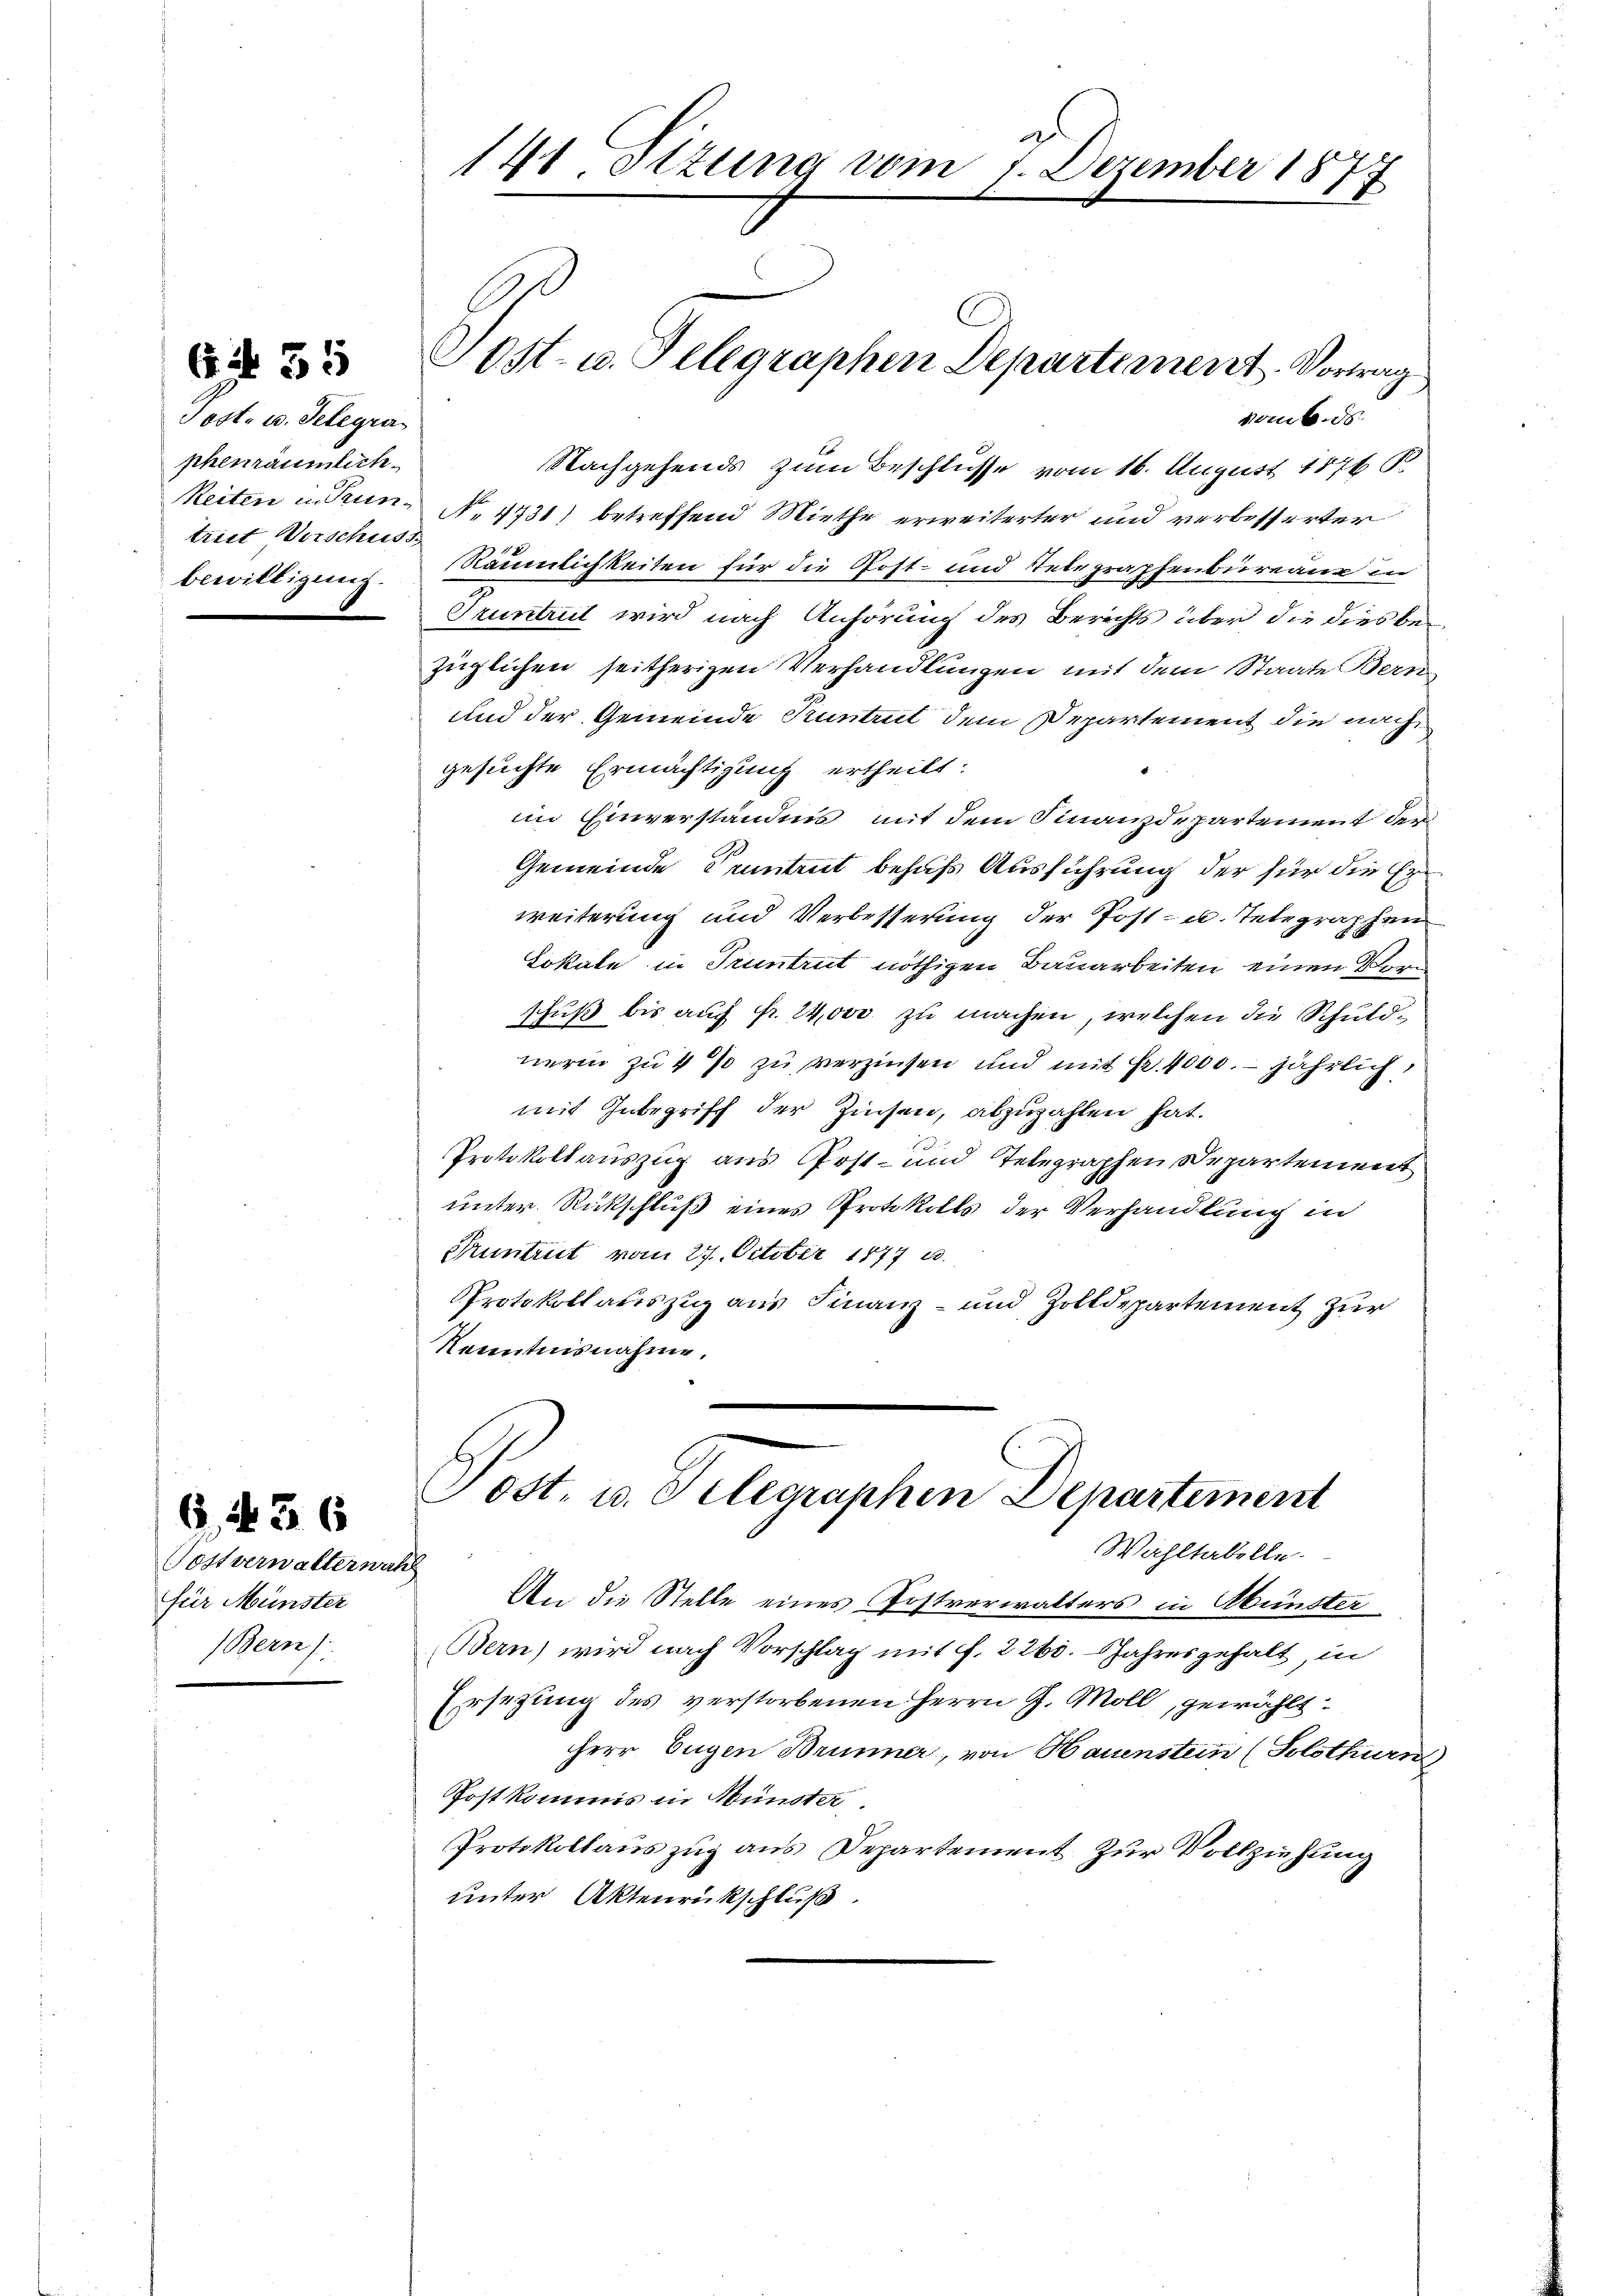
Post- u. Telegra
phenräumlich
triet Verschuss

Gif 55

G. 36

Postverwalterwahh
für Münster
Bern

kambods
Nachgehends zum Beschlüsse vom 16. August 1876 S.
Reiten in Trun- N. 4431) betreffend Miethe erweiterter und verbesserter
bewilligung. Bäumlichkeiten für die Post- und Telegraphenbüreau in
Pruntrut wird nach Anhörung des Berichts über die dies be
züglichen seitherigen Verhandlungen mit dem Staate Bern
und der Gemeinde Kuntreit dem Departement die nach
gesuchte Ermächtigung ertheilt.
im Einverständnis mit dem Finanzdepartement der
Gemeinde Centrut behufs Ausführung der für die Erweiterung und Verbesserung der Post- u. Telegraphen
Lokale in Truntrut nöthigen Bauarbeiten einen Vorschuß bis auch fr. 24,000 zu machen, welchen die Schuldnerin zu 4 % zu verzinsen und mit Fr. 4000. jährlich,
mit Inbegriff der Zinsen, abzuzahlen hat.
Protokollauszug aus Post- und Telegraphen Departement
unter Rückschluß eines Protokolls der Verhandlung in
Pruntreit vom 27. October 1877 u.
PProtokollauszig aus Finanz- und Zolldepartement zur
Kenntnisnahme.
.

141 Sizung vom 1. Dezember 1877

Sost- u. Telegraphen Departement. Vortrag

Post- u. Telegraphen Departement
Wahltabelle.

An die Stelle eines Postverwalters in Abunster
Bern) wird nach Vorschlag mit f. 2263. Jahresgehalt, in
Ersetzung des verstorbenen Herrn G. Moll, gewählt.
Herr Eugen Brunner, von Hauenstein (Solothurn)
Postkommis in Münster
Protokollauszug aus Departement zur Vollziehung
unter Aktenrückschluß.